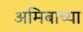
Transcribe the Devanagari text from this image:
अमिबाच्या